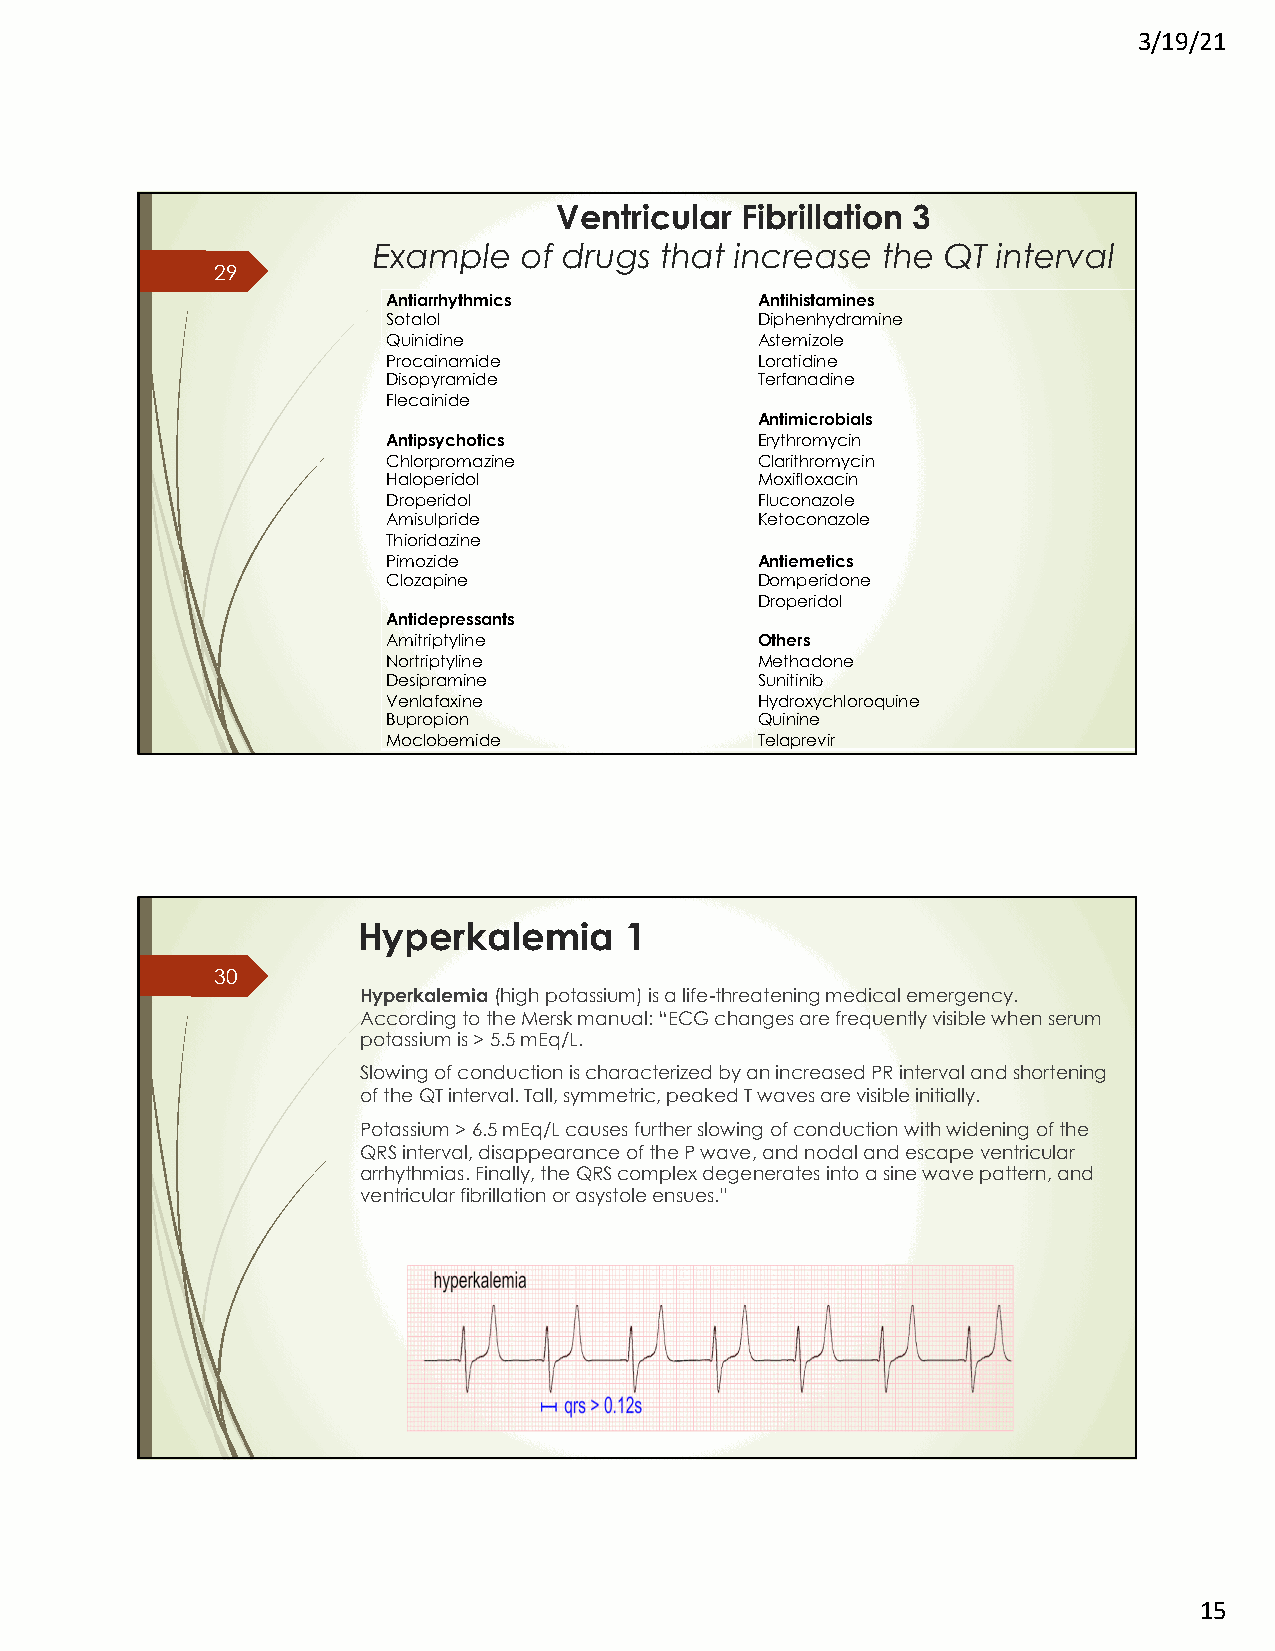
3/19/21
 Ventricular Fibrillation 3
 Example  of drugs  that increase the  QT interval
 29
 Antiarrhythmics         Antihistamines
 Sotalol                 Diphenhydramine
 Quinidine               Astemizole
 Procainamide            Loratidine
 Disopyramide            Terfanadine
 Flecainide
 Antimicrobials
 Antipsychotics          Erythromycin
 Chlorpromazine          Clarithromycin
 Haloperidol             Moxifloxacin
 Droperidol              Fluconazole
 Amisulpride             Ketoconazole
 Thioridazine
 Pimozide                Antiemetics
 Clozapine               Domperidone
 Droperidol
 Antidepressants
 Amitriptyline           Others
 Nortriptyline           Methadone
 Desipramine             Sunitinib
 Venlafaxine             Hydroxychloroquine
 Bupropion               Quinine
 Moclobemide             Telaprevir
 Hyperkalemia     1
 30
 Hyperkalemia(high potassium) is a life-threatening medical emergency.
 According to the Mersk manual: “ECG changes are frequently visible when serum
 potassium is>5.5 mEq/L.
 Slowing of conduction is characterized by an increased PR interval and shortening
 of the QT interval. Tall, symmetric, peaked T waves are visible initially.
 Potassium>6.5 mEq/L causes further slowing of conduction with widening of the
 QRS interval, disappearance of the P wave, and nodal and escape ventricular
 arrhythmias. Finally, the QRS complex degenerates into a sine wave pattern, and
 ventricular fibrillation or asystole ensues.”
 15